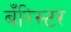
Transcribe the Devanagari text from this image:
बँरिस्टर